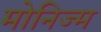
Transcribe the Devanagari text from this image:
मोनिज्म